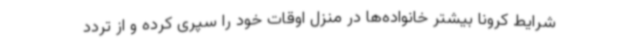
شرایط کرونا بیشتر خانواده‌ها در منزل اوقات خود را سپری کرده و از تردد